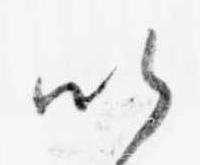
い